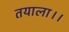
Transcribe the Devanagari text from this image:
तयाला।।